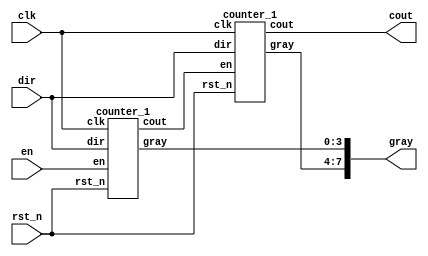
module lab2_2(clk,rst_n,en,dir,gray,cout);
    input clk,rst_n,en,dir;
    output [7:0] gray;
    output cout;
    wire tmpcout;
    counter_1 first(.clk(clk),.rst_n(rst_n),.en(en),.dir(dir),.gray(gray[3:0]),.cout(tmpcout));
    counter_1 second(.clk(clk),.rst_n(rst_n),.en(tmpcout),.dir(dir),.gray(gray[7:4]),.cout(cout));
endmodule
module counter_1(dir,clk,en,cout,gray,rst_n);
    input dir,clk,rst_n,en;
    output cout;
    output [3:0] gray;
    reg [3:0] bnum;
    wire cout;
    reg [3:0] before;
    reg g1,g2,g3;
    reg [3:0] gray;
    assign cout=((en==1'b1 && dir==1'b1 && gray==4'b1000)||(en==1'b1 && dir==1'b0 && gray==4'b0000))?1'b1:1'b0;
    always@(negedge clk or negedge rst_n)
        begin
        bnum={before[3],before[3]^before[2],before[3]^before[2]^before[1],before[3]^before[2]^before[1]^before[0]};
        if(rst_n==4'b0000) begin
            gray=4'b0000;
            bnum=4'b0000;
        end
        else
        begin
            if(en==1'b0) begin
                gray=before;
                bnum = bnum;
                //cout = 1'b0;
            end
            else
                begin
                if(dir==1'b1)
                    begin
                    if(bnum==4'b1111)
                        begin
                        bnum=4'b0000;
                        gray=4'b0000;
                        //cout=1'b1;
                        end
                    else
                        begin
                        //cout=1'b0;
                        bnum=bnum+1;
                        g3=bnum[3]^bnum[2];
                        g2=bnum[2]^bnum[1];
                        g1=bnum[1]^bnum[0];
                        gray={bnum[3],g3,g2,g1};
                        end
                    end
                else
                    begin
                    if(bnum==4'b0000)
                        begin
                            bnum=4'b1111;
                            gray=4'b1000;
                            //cout=1'b1;
                        end
                    else
                        begin
                            //cout=1'b0;
                            bnum=bnum-1;
                            g3=bnum[3]^bnum[2];
                            g2=bnum[2]^bnum[1];
                            g1=bnum[1]^bnum[0];
                            gray={bnum[3],g3,g2,g1};
                        end
                    end
                end
            end
        before=gray;
        end
endmodule